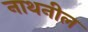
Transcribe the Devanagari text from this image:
नाथनील